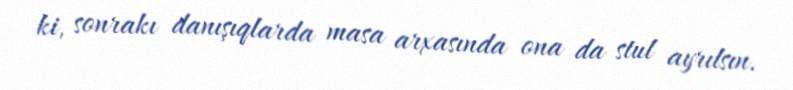
ki, sonrakı danışıqlarda masa arxasında ona da stul ayrılsın.